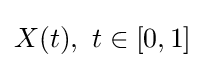
X(t),\ t\in [0,1]